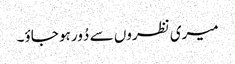
میری نظروں سے دُور ہو جاؤ۔